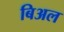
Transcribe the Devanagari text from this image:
बिअल